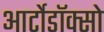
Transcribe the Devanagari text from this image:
आर्टोडॉक्सो